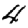
Digit: 4